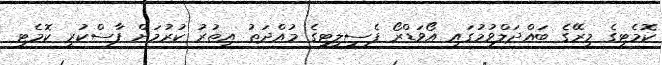
ކޮމެޓީގެ މިރޭގެ ބައްދަލްވުމުގައި އޯވަޑްރޯ ފެސިލިޓީގެ މުއްދަތު އިތުރު ކުރުމަށް ފާސްކުރީ ކޮމެޓީ